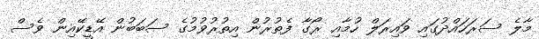
މާލެ ސަރަހައްދުގައި ވައިރަލް ހުމާއި ރޯގާ ފެތުރުން އިތުރުވުމުގެ ސަބަބުން އޭޑީކޭއިން ވެސް